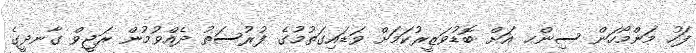
ފަހު މަންމޯހަން ސިންހ އަށް ބޮޑުވަޒީރުކަމަށް ވަޑައިގަތުމުގެ ފުރުސަތު ދެއްވުމުން ރަޖީވް ގާނދީގެ